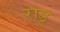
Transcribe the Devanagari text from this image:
राडू